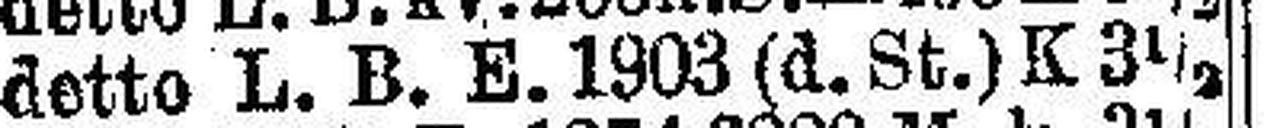
dette L. B. E. 1903 (d. St.) K 3½